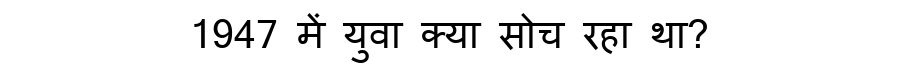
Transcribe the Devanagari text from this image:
1947 में युवा क्या सोच रहा था?